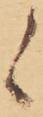
候